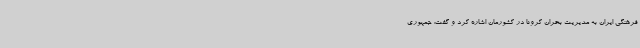
فرهنگی ایران به مدیریت بحران کرونا در کشورمان اشاره کرد و گفت: جمهوری